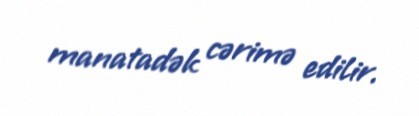
manatadək cərimə edilir.